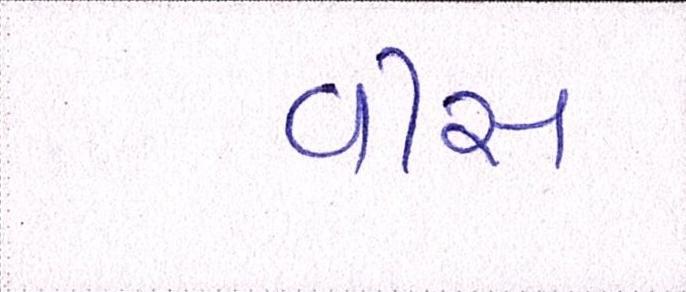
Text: વીસ